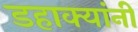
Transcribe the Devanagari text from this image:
डहाक्यांनी